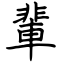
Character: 輩